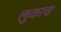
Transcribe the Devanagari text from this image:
लुकाच